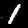
Label: 1